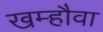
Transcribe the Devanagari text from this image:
खम्हौवा